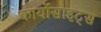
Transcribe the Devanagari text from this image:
कार्योसाइट्स